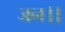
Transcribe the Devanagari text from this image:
जन।।